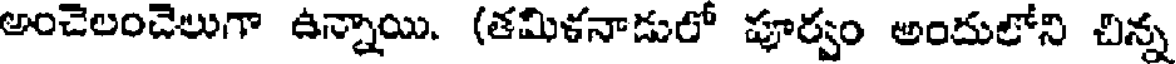
అంచెలంచెలుగా ఉన్నాయి. (తమిళనాడులో పూర్వం అందులోని చిన్న